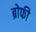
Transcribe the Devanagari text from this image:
ब्रोफी